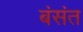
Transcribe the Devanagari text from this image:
बंसंत